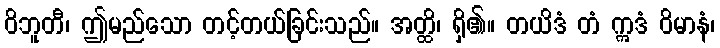
ဝိဘူတီ၊ ဤမည်သော တင့်တယ်ခြင်းသည်။ အတ္ထိ၊ ရှိ၏။ တယိဒံ တံ ဣဒံ ဝိမာနံ၊